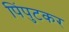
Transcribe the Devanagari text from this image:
पिंपुटकर